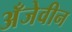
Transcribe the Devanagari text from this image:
अँजेवीन